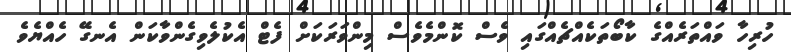
ހުރިހާ ވައްތަރެއްގެ ކާބޯތަކެއްޗެއްގައި ވެސް ކޮންމެވެސް މިންވަރަކަށް ފެޓް އެކުލެވިގެންވާކަން އެނގޭ ހެއްޔެވެ